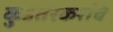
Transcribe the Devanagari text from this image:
कुडतरकरांचे